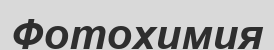
Фотохимия